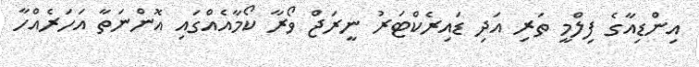
އިންޑިއާގެ ފިލްމީ ތަރި އަދި ޑައިރެކްޓަރު ނީރަޖް ވޯރާ ކޯމާއެއްގައި އޮންނަތާ އަހަރެއްހާ